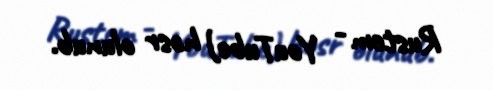
Rustem - YouTube) həsr olunub.